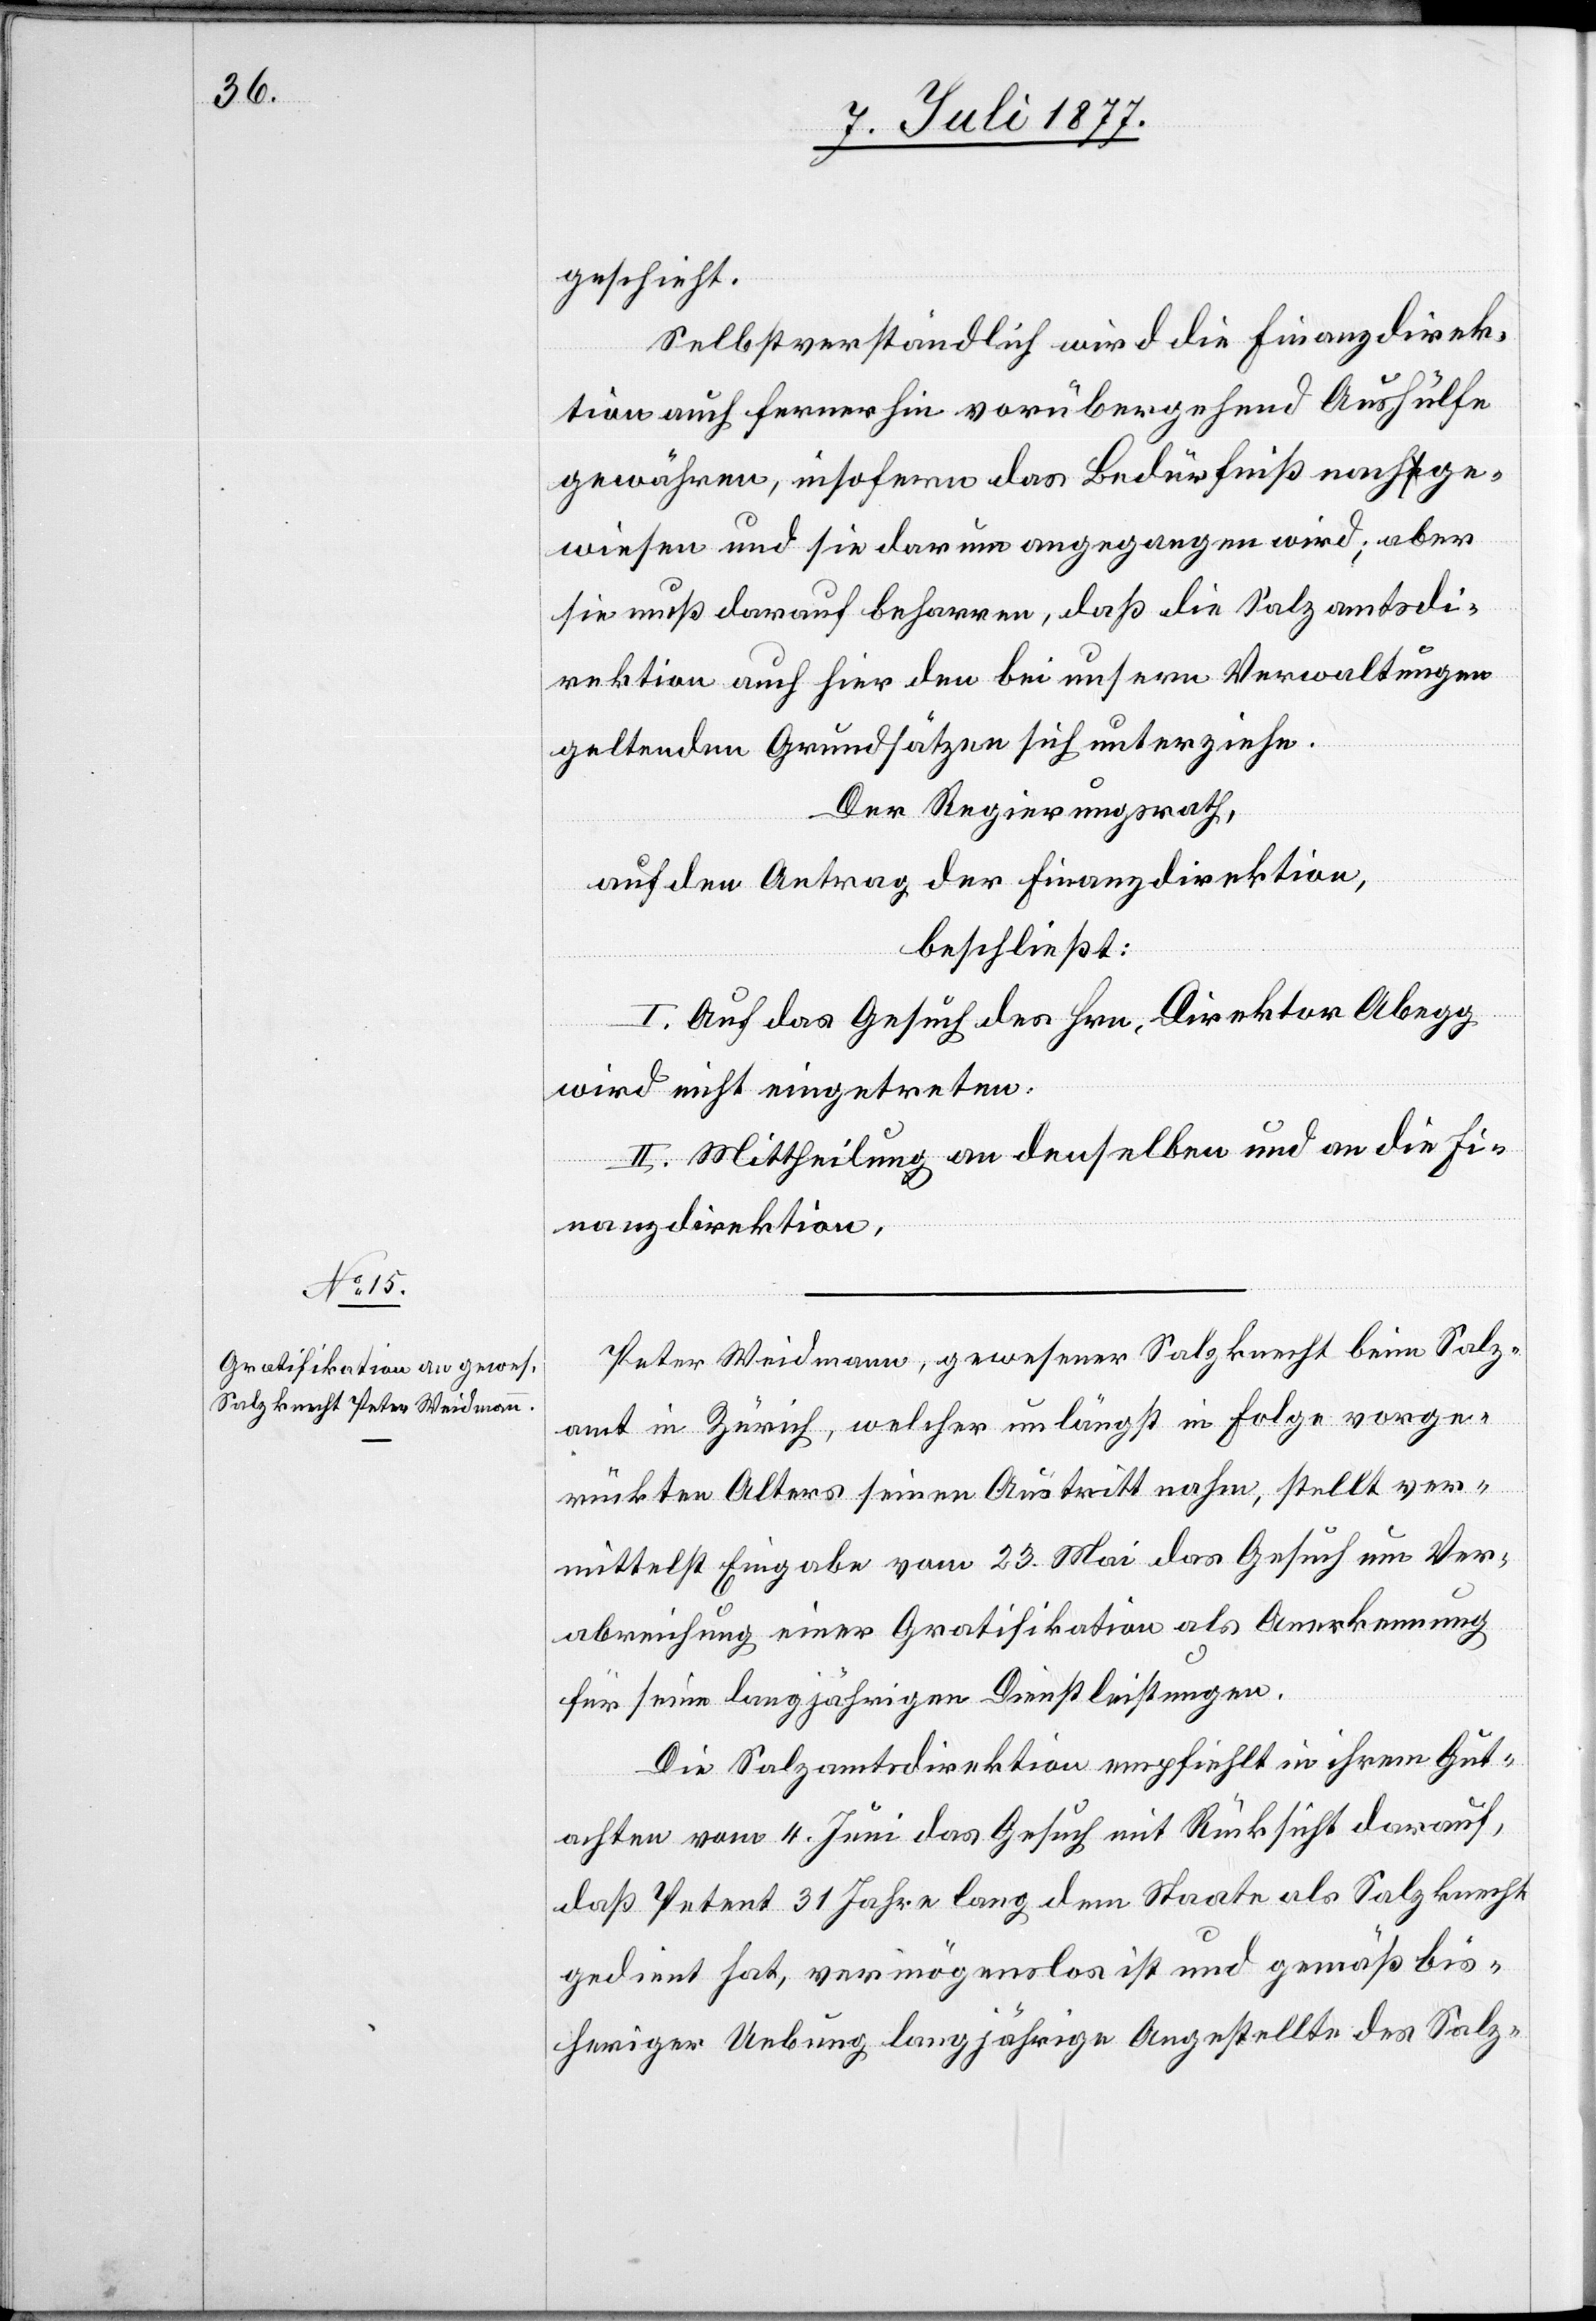
geschieht.
Selbstverständlich wird die Finanzdirek¬
tion auch fernerhin vorübergehend Aushülfe
gewähren, insofern das Bedürfniß nachge¬
wiesen und sie darum angegangen wird; aber
sie muß darauf beharren, daß die Salzamtsdi¬
rektion auch hier den bei unsern Verwaltungen
geltenden Grundsätzen sich unterziehe.
Der Regierungsrath,
auf den Antrag der Finanzdirektion,
beschließt:
I. Auf das Gesuch des Hrn. Direktor Abegg
wird nicht eingetreten.
II. Mittheilung an denselben und an die Fi¬
nanzdirektion.
Peter Weidmann, gewesener Salzknecht beim Salz¬
amt in Zürich, welcher unlängst in Folge vorge¬
rückten Alters seinen Austritt nahm, stellt ver¬
mittelst Eingabe vom 23. Mai das Gesuch um Ver¬
abreichung einer Gratifikation als Anerkennung
für seine langjährigen Dienstleistungen.
Die Salzamtsdirektion empfiehlt in ihrem Gut¬
achten vom 4. Juni das Gesuch mit Rücksicht darauf,
daß Petent 31 Jahre lang dem Staate als Salzknecht
gedient hat, vermögenslos ist und gemäß bis¬
heriger Uebung langjährige Angestellte des Salz-